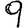
Digit: 9